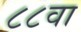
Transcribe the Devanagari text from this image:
८८वा